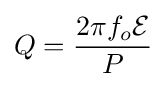
Q={\frac {2\pi f_{o}{\mathcal {E}}}{P}}